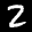
Label: 2